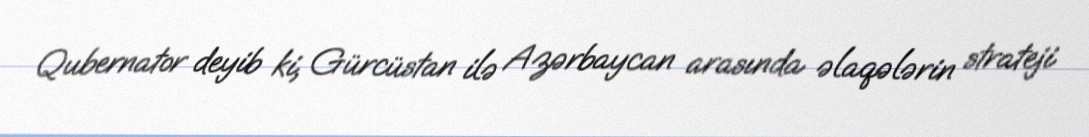
Qubernator deyib ki, Gürcüstan ilə Azərbaycan arasında əlaqələrin strateji